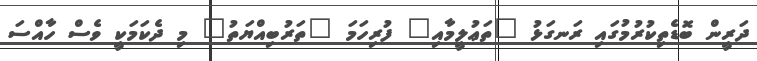
ދަރީން ބޮޑެތިކުރުމުގައި ރަނގަޅު "ތަޢުލީމާއި" ފުރިހަމަ "ތަރުބިއްޔަތު" މި ދެކަމަކީ ވެސް ހާއްސަ